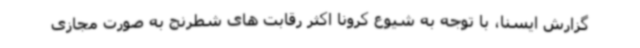
گزارش ایسنا، با توجه به شیوع کرونا اکثر رقابت های شطرنج به صورت مجازی